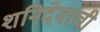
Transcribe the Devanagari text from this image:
शनिदेवाची